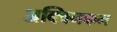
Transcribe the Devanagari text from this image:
अक्विनकम